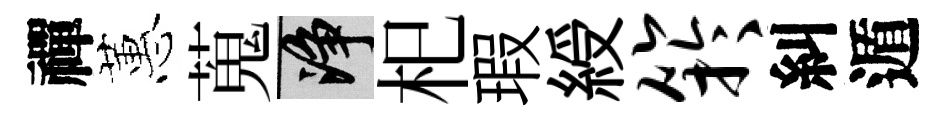
禪蕙蒐净𣏌瑕綬竽糾遁